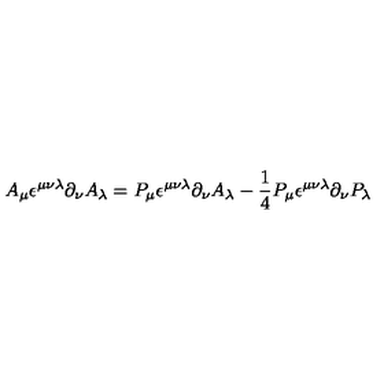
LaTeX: A _ { \mu } \epsilon ^ { \mu \nu \lambda } \partial _ { \nu } A _ { \lambda } = P _ { \mu } \epsilon ^ { \mu \nu \lambda } \partial _ { \nu } A _ { \lambda } - \frac { 1 } { 4 } P _ { \mu } \epsilon ^ { \mu \nu \lambda } \partial _ { \nu } P _ { \lambda }